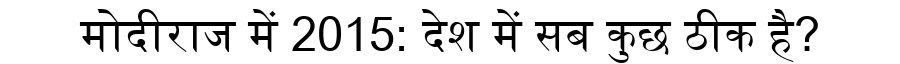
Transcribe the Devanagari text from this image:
मोदीराज में 2015: देश में सब कुछ ठीक है?